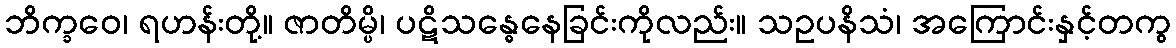
ဘိက္ခဝေ၊ ရဟန်းတို့။ ဇာတိမ္ပိ၊ ပဋိသန္ဓေနေခြင်းကိုလည်း။ သဥပနိသံ၊ အကြောင်းနှင့်တကွ